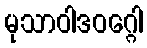
မုသာဝါဒဝဂ္ဂေါ